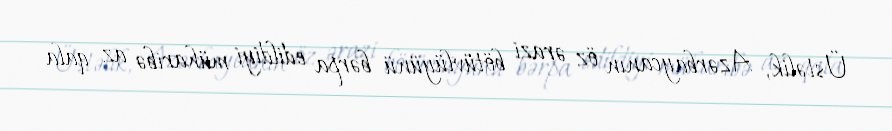
Üstəlik, Azərbaycanın öz ərazi bötüvlüyünü bərpa edildiyi müharibə az qala